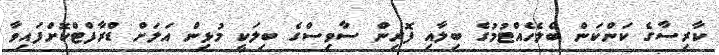
ކާރިސާގެ ކަންކަން ބެލެހެއްޓުމުގެ ބިލާއި ފޮރިން ސާވިސްގެ ބިލަކީ މުޅިން އަލަށް ޑްރާފްޓްކޮށްފައިވާ